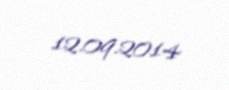
12.09.2014